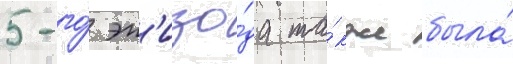
5-го́ эп'изо́да та́кже была́